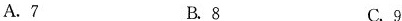
A.7 B.8 C.9